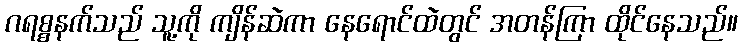
ဂရစ္စနက်သည် သူ့ကို ကျိန်ဆဲကာ နေရောင်ထဲတွင် အတန်ကြာ ထိုင်နေသည်။